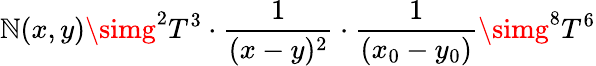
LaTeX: \mathbb{N}(x,y)\simg^{2}T^{3}\cdot{\frac{{1}}{{(x-y)^{2}}}}\cdot{\frac{{1}}{{(x_{0}-y_{0})}}}\simg^{8}T^{6}